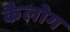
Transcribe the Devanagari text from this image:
कैलोग